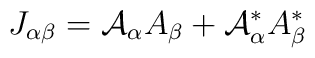
J_{\alpha\beta}={\cal{A}}_\alpha A_\beta + {\cal{A}}_\alpha^* A_\beta^*